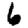
Digit: 6